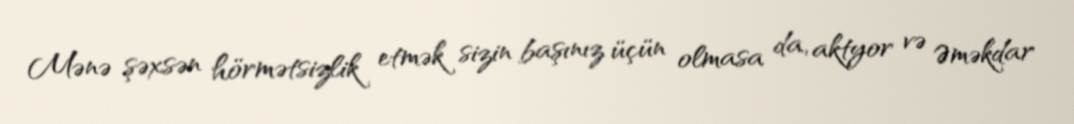
Mənə şəxsən hörmətsizlik etmək sizin başınız üçün olmasa da, aktyor və Əməkdar